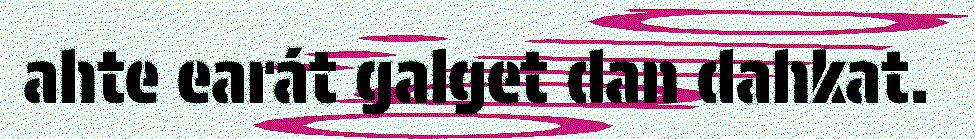
ahte earát galget dan dahkat.